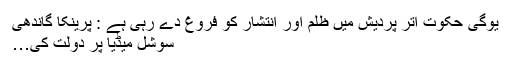
یوگی حکوت اتر پردیش میں ظلم اور انتشار کو فروغ دے رہی ہے : پرینکا گاندھی
سوشل میڈیا پر دولت کی…